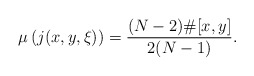
\begin{align*}\mu\left(j(x,y,\xi)\right)=\frac{(N-2)\#[x,y]}{2(N-1)}.\end{align*}